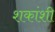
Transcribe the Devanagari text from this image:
शकांशी